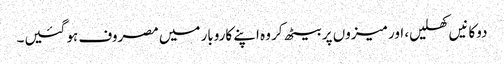
دوکانیں کھلیں، اور میزوں پر بیٹھ کر وہ اپنے کاروبار میں مصروف ہو گئیں۔